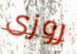
روزى